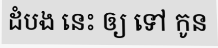
ដំបង នេះ ឲ្យ ទៅ កូន